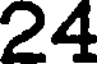
24